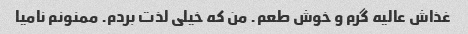
غذاش عالیه گرم و خوش طعم. من که خیلی لذت بردم. ممنونم نامیا